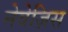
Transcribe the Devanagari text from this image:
नेवेज़िस